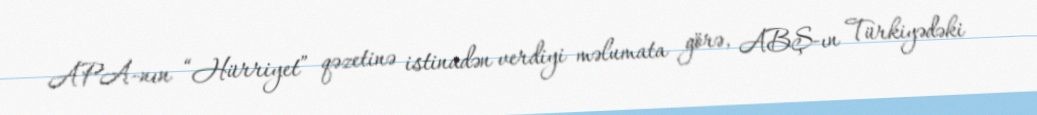
APA-nın “Hürriyet” qəzetinə istinadən verdiyi məlumata görə, ABŞ-ın Türkiyədəki